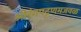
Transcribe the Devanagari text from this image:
श्रीरंगपट्टणमजवळ